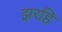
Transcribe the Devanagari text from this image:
झरहि